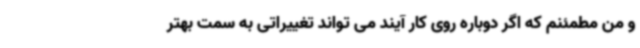
و من مطمئنم که اگر دوباره روی کار آیند می تواند تغییراتی به سمت بهتر